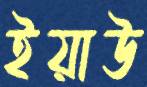
ইয়াউ